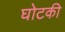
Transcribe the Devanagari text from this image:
घोटकी